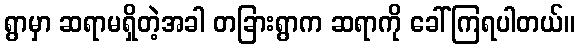
ရွာမှာ ဆရာမရှိတဲ့အခါ တခြားရွာက ဆရာကို ခေါ်ကြရပါတယ်။